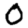
Digit: 0